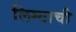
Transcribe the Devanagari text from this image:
लिम्याची